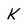
Character: K